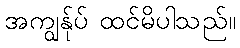
အကျွန်ုပ် ထင်မိပါသည်။